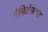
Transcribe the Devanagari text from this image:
गैमिटोफाइट